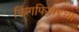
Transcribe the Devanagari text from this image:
किंगफिशरचा